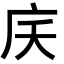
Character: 𭙖